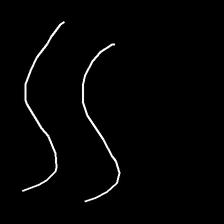
Glyph: float